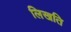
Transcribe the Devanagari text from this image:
लिखति